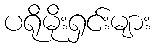
ပရိုမိုးရှင်းများ